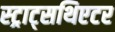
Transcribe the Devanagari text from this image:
स्ट्राट्सथिएटर